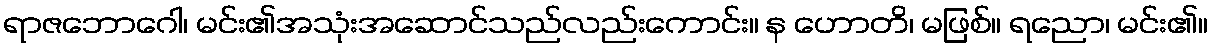
ရာဇဘောဂေါ၊ မင်း၏အသုံးအဆောင်သည်လည်းကောင်း။ န ဟောတိ၊ မဖြစ်။ ရညော၊ မင်း၏။